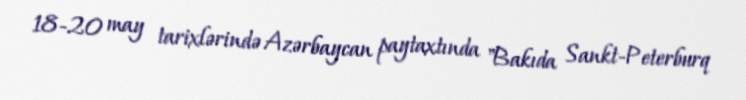
18-20 may tarixlərində Azərbaycan paytaxtında "Bakıda Sankt-Peterburq